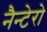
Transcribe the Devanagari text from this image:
नैन्टेरो